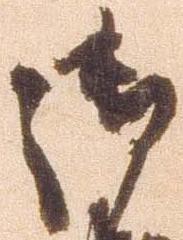
御